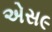
એસ૯